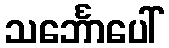
သင်္ဘောပေါ်